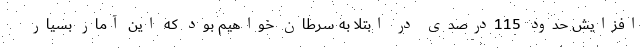
افزایش حدود 115درصدی در ابتلا به سرطان خواهیم بود که این آمار بسیار